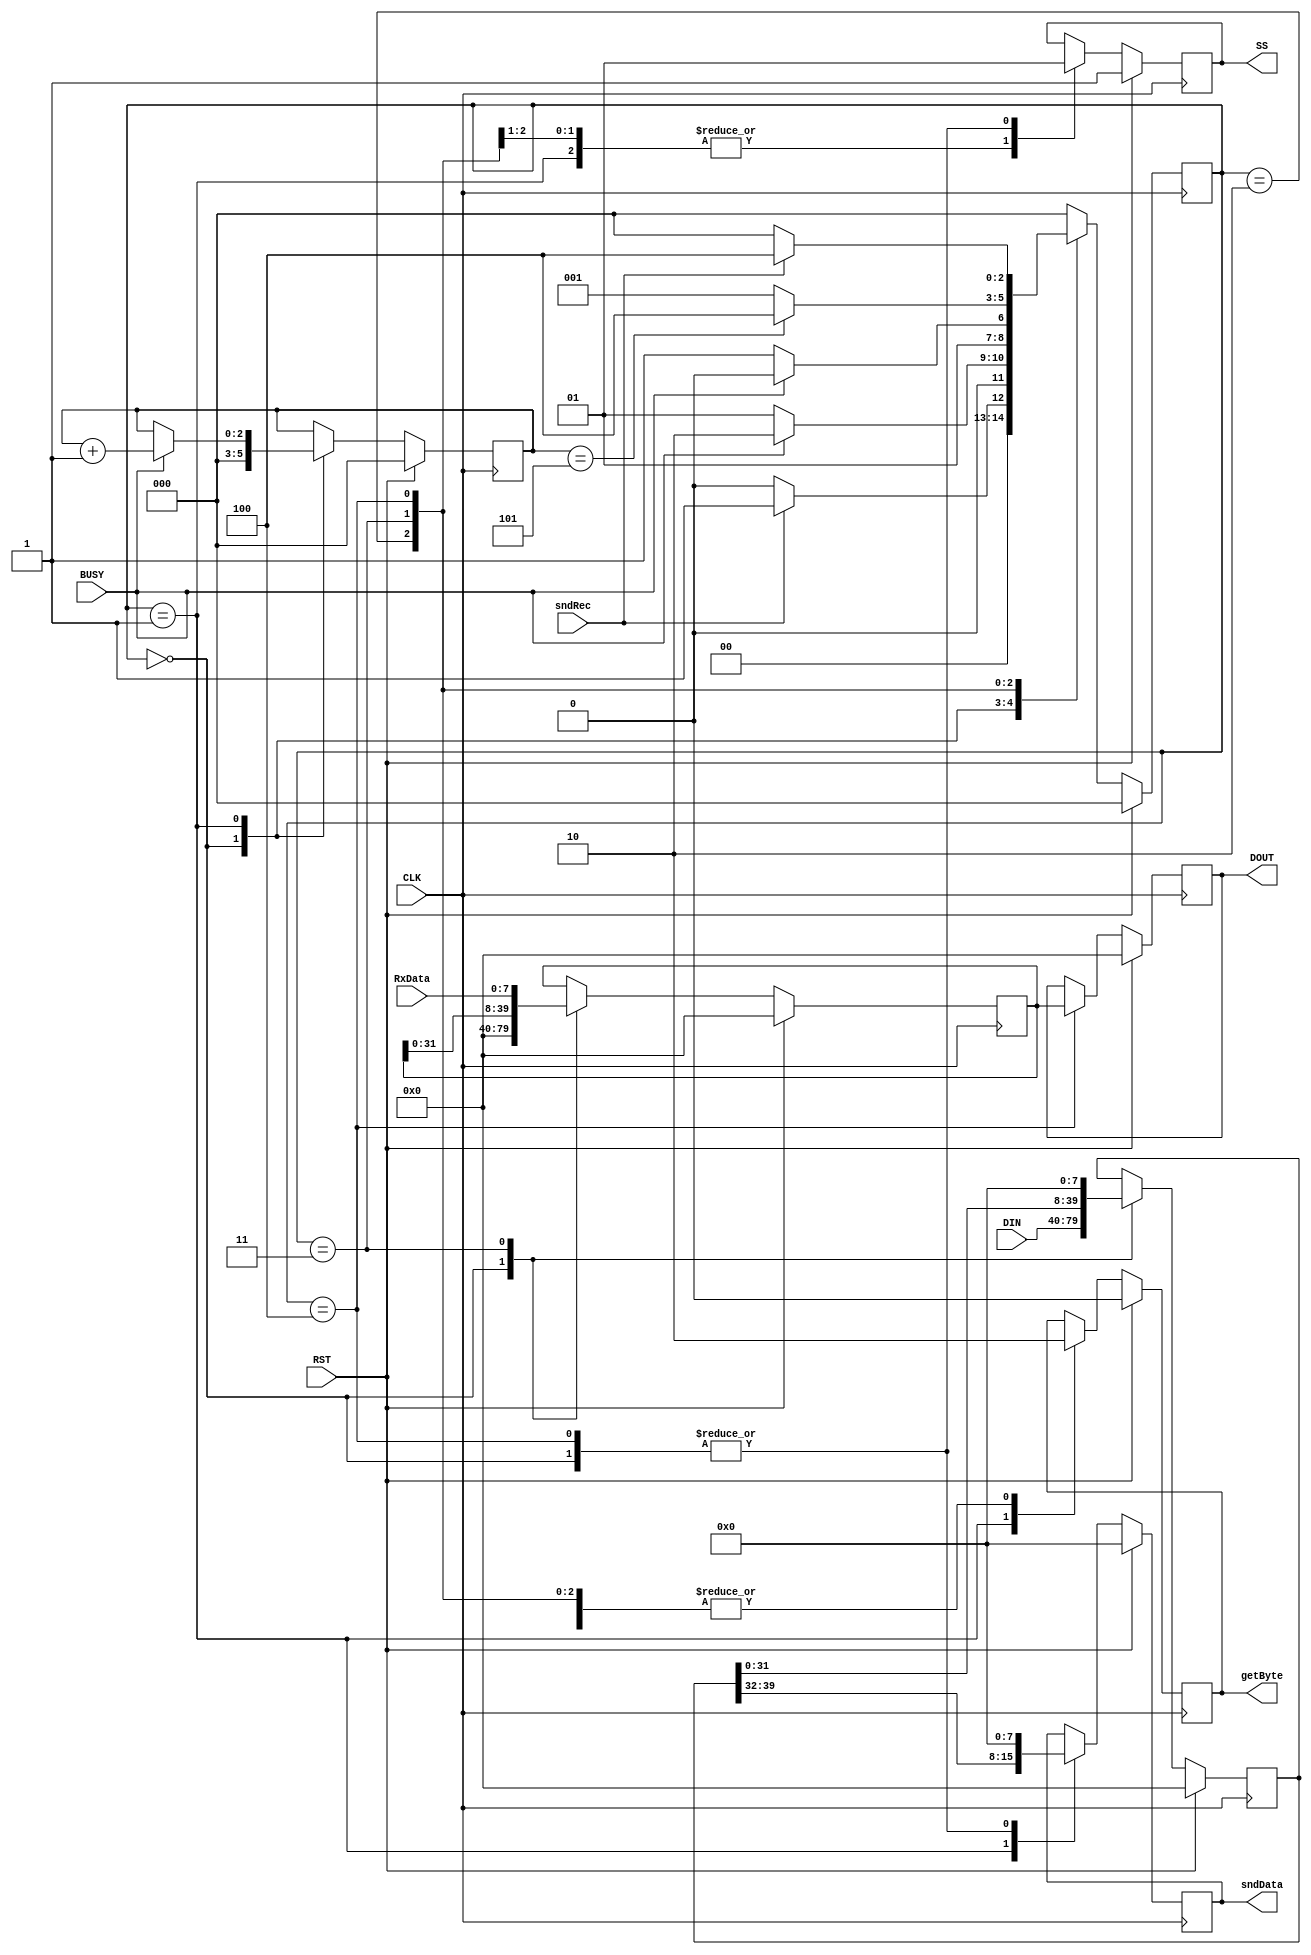
module spiCtrl(
		CLK,
		RST,
		sndRec,
		BUSY,
		DIN,
		RxData,
		SS,
		getByte,
		sndData,
		DOUT
		);

	// ===========================================================================
	// 										Port Declarations
	// ===========================================================================

			input CLK;						// 66.67kHz onboard clock
			input RST;						// Reset
			input sndRec;					// Send receive, initializes data read/write
			input BUSY;						// If active data transfer currently in progress
			input [39:0] DIN;				// Data that is to be sent to the slave
			input [7:0] RxData;			// Last data byte received
			output SS;						// Slave select, active low
			output getByte;				// Initiates a data transfer in SPI_Int
			output [7:0] sndData;		// Data that is to be sent to the slave
			output [39:0] DOUT;			// All data read from the slave

	// ===========================================================================
	// 							  Parameters, Regsiters, and Wires
	// ===========================================================================

			// Output wires and registers
			reg SS = 1'b1;
			reg getByte = 1'b0;
			reg [7:0] sndData = 8'h00;
			reg [39:0] DOUT = 40'h0000000000;

			// FSM States
			parameter [2:0] Idle = 3'd0,
								 Init = 3'd1,
								 Wait = 3'd2,
								 Check = 3'd3,
								 Done = 3'd4;

			// Present State
			reg [2:0] pState = Idle;

			reg [2:0] byteCnt = 3'd0;					// Number bytes read/written
			parameter byteEndVal = 3'd5;				// Number of bytes to send/receive
			reg [39:0] tmpSR = 40'h0000000000;			// Temporary shift register to
															// accumulate all five received data bytes
			reg [39:0] tmpSRsend = 40'h0000000000;		// Temporary shift register to
															// shift through all five send data bytes

	// ===========================================================================
	// 										Implementation
	// ===========================================================================

	always @(negedge CLK) begin
			if(RST == 1'b1) begin
					// Reest everything
					SS <= 1'b1;
					getByte <= 1'b0;
					sndData <= 8'h00;
					tmpSRsend <= 40'h0000000000;
					tmpSR <= 40'h0000000000;
					DOUT <= 40'h0000000000;
					byteCnt <= 3'd0;
					pState <= Idle;
			end
			else begin

					case(pState)

								// Idle
								Idle : begin

										SS <= 1'b1;								// Disable slave
										getByte <= 1'b0;						// Do not request data
										sndData <= 8'h00;						// Clear data to be sent
										tmpSRsend <= DIN;						// Send temporary data
										tmpSR <= 40'h0000000000;				// Clear temporary data
										DOUT <= DOUT;							// Retain output data
										byteCnt <= 3'd0;						// Clear byte count

										// When send receive signal received begin data transmission
										if(sndRec == 1'b1) begin
											pState <= Init;
										end
										else begin
											pState <= Idle;
										end

								end

								// Init
								Init : begin

										SS <= 1'b0;								// Enable slave
										getByte <= 1'b1;						// Initialize data transfer
										sndData <= tmpSRsend[39:32];			// Store data byte to be sent
										tmpSRsend <= tmpSRsend;					// Retain temporary send data
										tmpSR <= tmpSR;							// Retain temporary data
										DOUT <= DOUT;							// Retain output data

										if(BUSY == 1'b1) begin
												pState <= Wait;
												byteCnt <= byteCnt + 1;	// Count
										end
										else begin
												pState <= Init;
										end

								end

								// Wait
								Wait : begin

										SS <= 1'b0;								// Enable slave
										getByte <= 1'b0;						// Data request already in progress
										sndData <= sndData;						// Retain data to send
										tmpSRsend <= tmpSRsend;					// Retain temporary send data
										tmpSR <= tmpSR;							// Retain temporary data
										DOUT <= DOUT;							// Retain output data
										byteCnt <= byteCnt;						// Do not count

										// Finished reading byte so grab data
										if(BUSY == 1'b0) begin
												pState <= Check;
										end
										// Data transmission is not finished
										else begin
												pState <= Wait;
										end

								end

								// Check
								Check : begin

										SS <= 1'b0;								// Enable slave
										getByte <= 1'b0;						// Do not request data
										sndData <= sndData;						// Retain data to send
										tmpSRsend <= {tmpSRsend[31:0], 8'h00}; // Shift send data
										tmpSR <= {tmpSR[31:0], RxData};			// Store byte just read
										DOUT <= DOUT;							// Retain output data
										byteCnt <= byteCnt;						// Do not count

										// Finished reading bytes so done
										if(byteCnt == 3'd5) begin
												pState <= Done;
										end
										// Have not sent/received enough bytes
										else begin
												pState <= Init;
										end
								end

								// Done
								Done : begin

										SS <= 1'b1;							// Disable slave
										getByte <= 1'b0;					// Do not request data
										sndData <= 8'h00;					// Clear input
										DOUT[39:0] <= tmpSR[39:0];			// Update output data
										byteCnt <= byteCnt;					// Do not count

										// Wait for external sndRec signal to be de-asserted
										if(sndRec == 1'b0) begin
												pState <= Idle;
										end
										else begin
												pState <= Done;
										end

								end

								// Default State
								default : pState <= Idle;
						endcase
			end
	end

endmodule